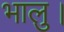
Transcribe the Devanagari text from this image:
भालु।